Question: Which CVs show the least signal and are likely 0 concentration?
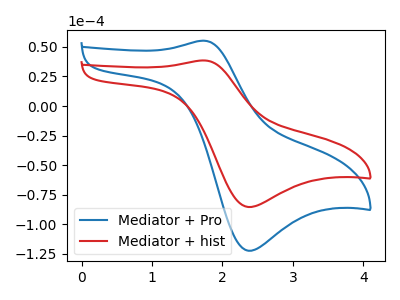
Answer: <think>The blue curve "Mediator + Pro" has an anodic peak at (1.75V, 55.30uA) and a cathodic peak at (2.35V, -122.50uA). The red curve "Mediator + hist" has an anodic peak at (1.75V, 38.60uA) and a cathodic peak at (2.35V, -85.45uA).</think>
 <answer>There are not any CV's on this graph that are likely to be blanks.</answer>
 <eval>none</eval>